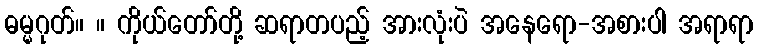
ဓမ္မဂုတ်။ ။ ကိုယ်တော်တို့ ဆရာတပည့် အားလုံးပဲ အနေရော-အစားပါ အရာရာ